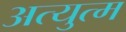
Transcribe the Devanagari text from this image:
अत्युत्म